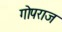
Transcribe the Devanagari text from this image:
गोपराज